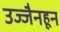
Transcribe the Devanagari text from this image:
उज्जैनहून